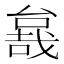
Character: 𱔖